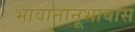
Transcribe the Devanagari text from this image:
भावानानूभावास